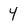
Character: Y